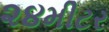
૨૪મીટર